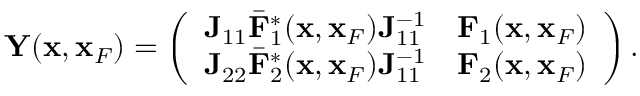
\begin{array} { r } { { \bf Y } ( { \bf x } , { \bf x } _ { F } ) = \left( \begin{array} { l l } { { \bf J } _ { 1 1 } { { \bar { \bf F } } } _ { 1 } ^ { * } ( { \bf x } , { \bf x } _ { F } ) { \bf J } _ { 1 1 } ^ { - 1 } } & { { \bf F } _ { 1 } ( { \bf x } , { \bf x } _ { F } ) } \\ { { \bf J } _ { 2 2 } { { \bar { \bf F } } } _ { 2 } ^ { * } ( { \bf x } , { \bf x } _ { F } ) { \bf J } _ { 1 1 } ^ { - 1 } } & { { \bf F } _ { 2 } ( { \bf x } , { \bf x } _ { F } ) } \end{array} \right) . } \end{array}